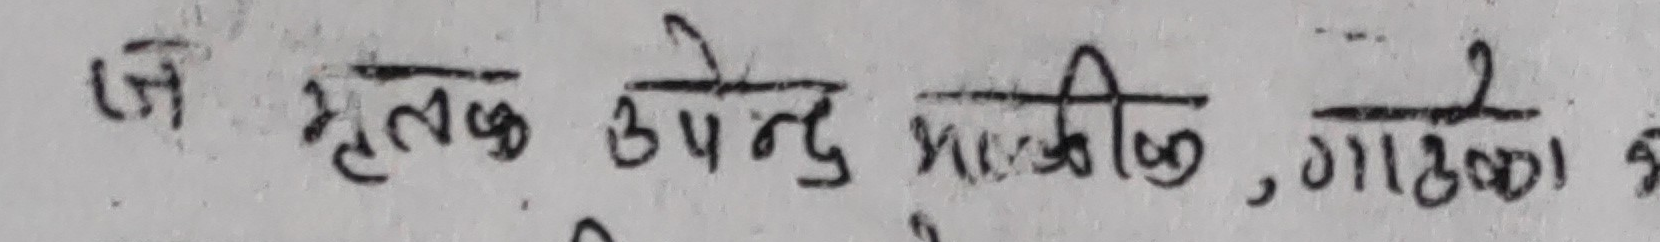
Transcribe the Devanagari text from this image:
जे मृतक उपेन्द्र माझीको , गाडा १